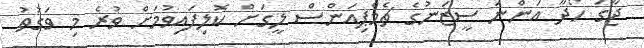
ޖާގަ ހޯދާ އަންނަ ސީޒަނުގެ ޗެމްޕިއަންސް ލީގަށް ކޮލިފައިވުމަށް ވުރެ މި ވަގުތު